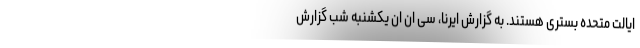
ایالت متحده بستری هستند. به گزارش ایرنا، سی ان ان یکشنبه شب گزارش